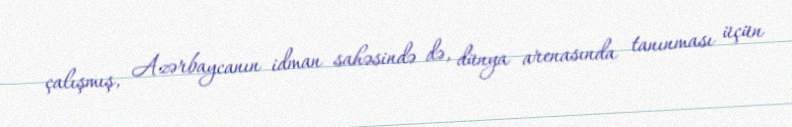
çalışmış, Azərbaycanın idman sahəsində də, dünya arenasında tanınması üçün